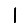
Digit: 1